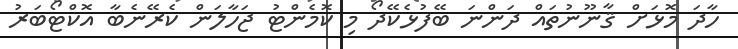
ހާދަ މޮޅަށް ޤާނޫނުތައް ދަންނަ ބޭފުޅެކޭދޯ މި ކޮމެންޓު ޖަހާލަން ކެރޭނެބާ އޮކްޓޯބަރު